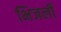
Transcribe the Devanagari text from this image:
भिजली